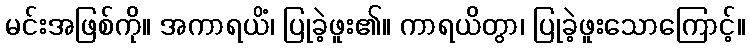
မင်းအဖြစ်ကို။ အကာရယိံ၊ ပြုခဲ့ဖူး၏။ ကာရယိတွာ၊ ပြုခဲ့ဖူးသောကြောင့်။